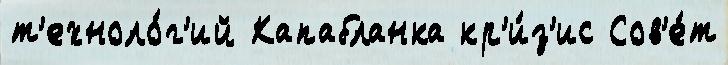
т'ехноло́г'ий Капабланка кр'и́з'ис Сов'е́т